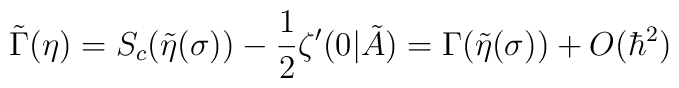
\tilde\Gamma(\eta)=S_{c}(\tilde\eta(\sigma))-\frac{1}{2}\zeta'(0|\tilde A) =\Gamma(\tilde\eta(\sigma))+O(\hbar^2)\nonumber